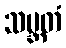
သမ္ဘတံ